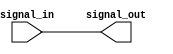
module NonInvertingBuffer(
    input wire signal_in,
    output wire signal_out
);

assign signal_out = signal_in;

endmodule